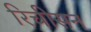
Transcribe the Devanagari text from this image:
रिचीसन